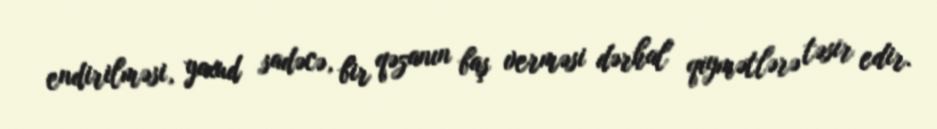
endirilməsi, yaxud sadəcə, bir qəzanın baş verməsi dərhal qiymətlərə təsir edir.